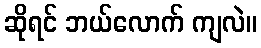
ဆိုရင် ဘယ်လောက် ကျလဲ။